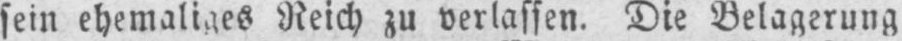
sein ehemaliges Reich zu verlassen. Die Belagerung